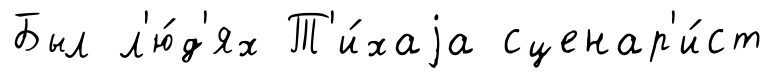
Был л'ю́д'ях Т'и́хаjа сценар'и́ст